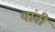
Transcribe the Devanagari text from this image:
यांवी